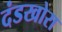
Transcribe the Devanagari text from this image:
दंडखोरा